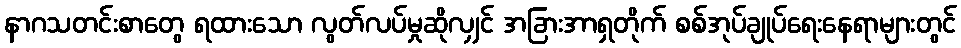
နာဂသတင်းစာတွေ ရထားသော လွတ်လပ်မှုဆိုလျှင် အခြားအာရှတိုက် စစ်အုပ်ချုပ်ရေးနေရာများတွင်